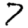
Digit: 7